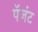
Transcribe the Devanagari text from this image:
पॅजंट